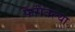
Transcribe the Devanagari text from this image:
फेरीतल्या